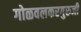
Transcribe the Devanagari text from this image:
गोळवलकरगुरुजी